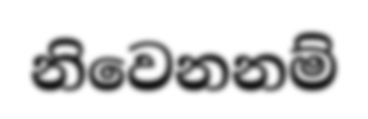
නිවෙනනම්